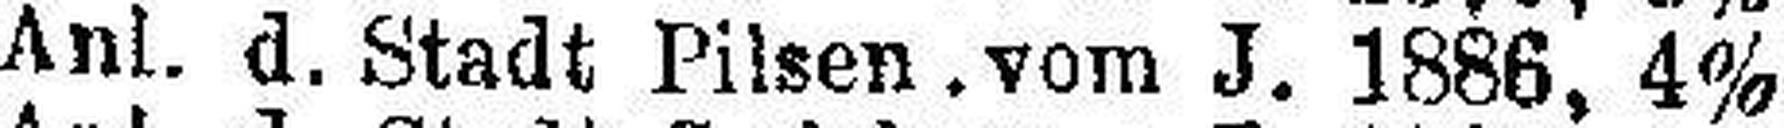
Anl. d. Stadt Pilsen . vom J. 1886, 4%